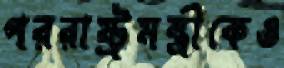
পররাষ্ট্রমন্ত্রীকেও